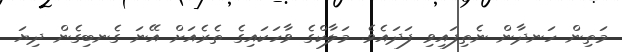
މަތިން ހަނދާން ނެތިފައިވި ފަދައެވެ. މަލާކްގެ ވާހަކައިގެ ތެރެއަށް އޭނަ ގެނބިގެން ދިޔަ